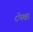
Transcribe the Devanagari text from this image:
८पेक्षा